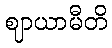
ဈာယာမီတိ